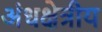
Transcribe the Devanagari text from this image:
अंधक्षेत्रीय